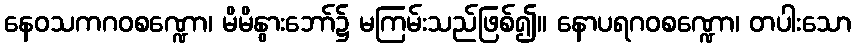
နေဝသကဂဝစဏ္ဍော၊ မိမိနွားဘော်၌ မကြမ်းသည်ဖြစ်၍။ နောပရဂဝစဏ္ဍော၊ တပါးသော